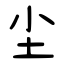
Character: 尘